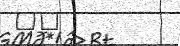
٦٢